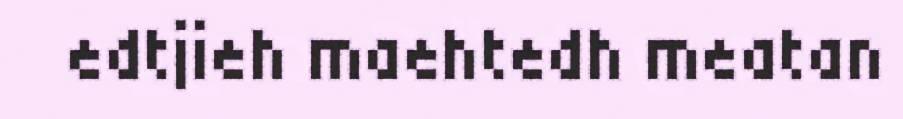
edtjieh maehtedh meatan